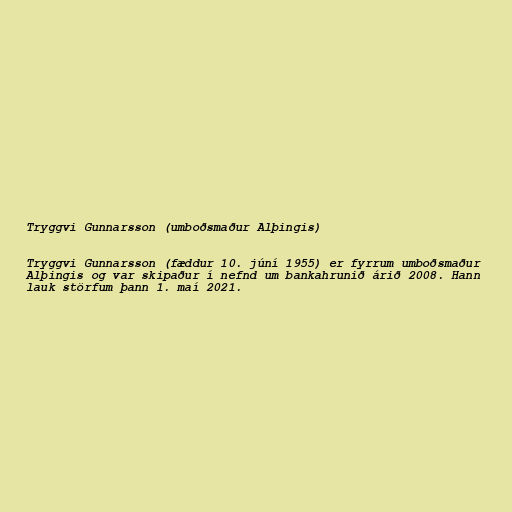
Tryggvi Gunnarsson (umboðsmaður Alþingis)

Tryggvi Gunnarsson (fæddur 10. júní 1955) er fyrrum umboðsmaður
Alþingis og var skipaður í nefnd um bankahrunið árið 2008. Hann
lauk störfum þann 1. maí 2021.